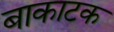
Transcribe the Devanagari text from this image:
बाकाटक